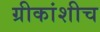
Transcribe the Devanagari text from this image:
ग्रीकांशीच